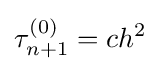
\tau _{n+1}^{(0)}=ch^{2}